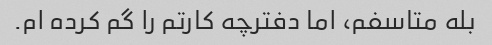
بله متاسفم، اما دفترچه کارتم را گم کرده ام.